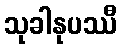
သုခါနုပဿီ